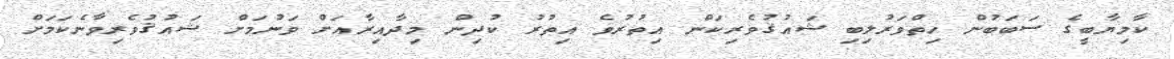
ކާމިޔާބީގެ ސަބަބުން ހިތްވަރުލިބި ޝައުޤުވެރިކަން އިތުރުވެ އިތުރު ކުދިން މިދާއިރާއަށް ވަނުމަށް ޝައުޤުވެރިވާނެކަމަށް